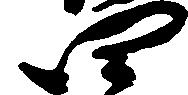
四